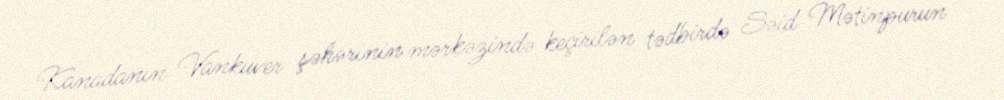
Kanadanın Vankuver şəhərinin mərkəzində keçirilən tədbirdə Səid Mətinpurun